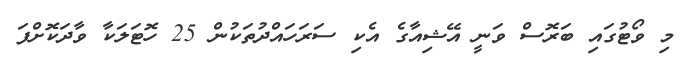
މި ވޯޓުގައި ބަރޮސް ވަނީ އޭޝިއާގެ އެކި ސަރަހައްދުތަކުން 25 ހޮޓަލަކާ ވާދަކޮށްފަ